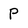
Character: P